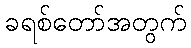
ခရစ်တော်အတွက်